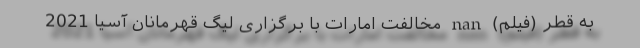
به قطر (فیلم) nan مخالفت امارات با برگزاری لیگ قهرمانان آسیا 2021